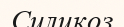
Силикоз